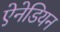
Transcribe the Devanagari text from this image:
ऐनेडियन